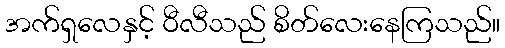
အက်ရှလေနှင့် ဝီလီသည် စိတ်လေးနေကြသည်။